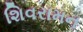
શિવરામન